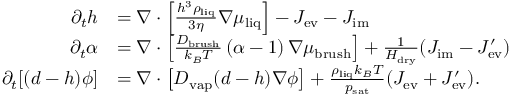
\begin{array} { r l } { \partial _ { t } h } & { = \nabla \cdot \left[ \frac { h ^ { 3 } \rho _ { \mathrm { l i q } } } { 3 \eta } \nabla \mu _ { \mathrm { l i q } } \right] - J _ { \mathrm { e v } } - J _ { \mathrm { i m } } } \\ { \partial _ { t } \alpha } & { = \nabla \cdot \left[ \frac { D _ { \mathrm { b r u s h } } } { k _ { B } T } \, ( \alpha - 1 ) \, \nabla \mu _ { \mathrm { b r u s h } } \right] + \frac { 1 } { H _ { \mathrm { d r y } } } ( J _ { \mathrm { i m } } - J _ { \mathrm { e v } } ^ { \prime } ) } \\ { \partial _ { t } [ ( d - h ) \phi ] } & { = \nabla \cdot \left[ D _ { \mathrm { v a p } } ( d - h ) \nabla \phi \right] + \frac { \rho _ { \mathrm { l i q } } k _ { B } T } { p _ { \mathrm { s a t } } } ( J _ { \mathrm { e v } } + J _ { \mathrm { e v } } ^ { \prime } ) . } \end{array}